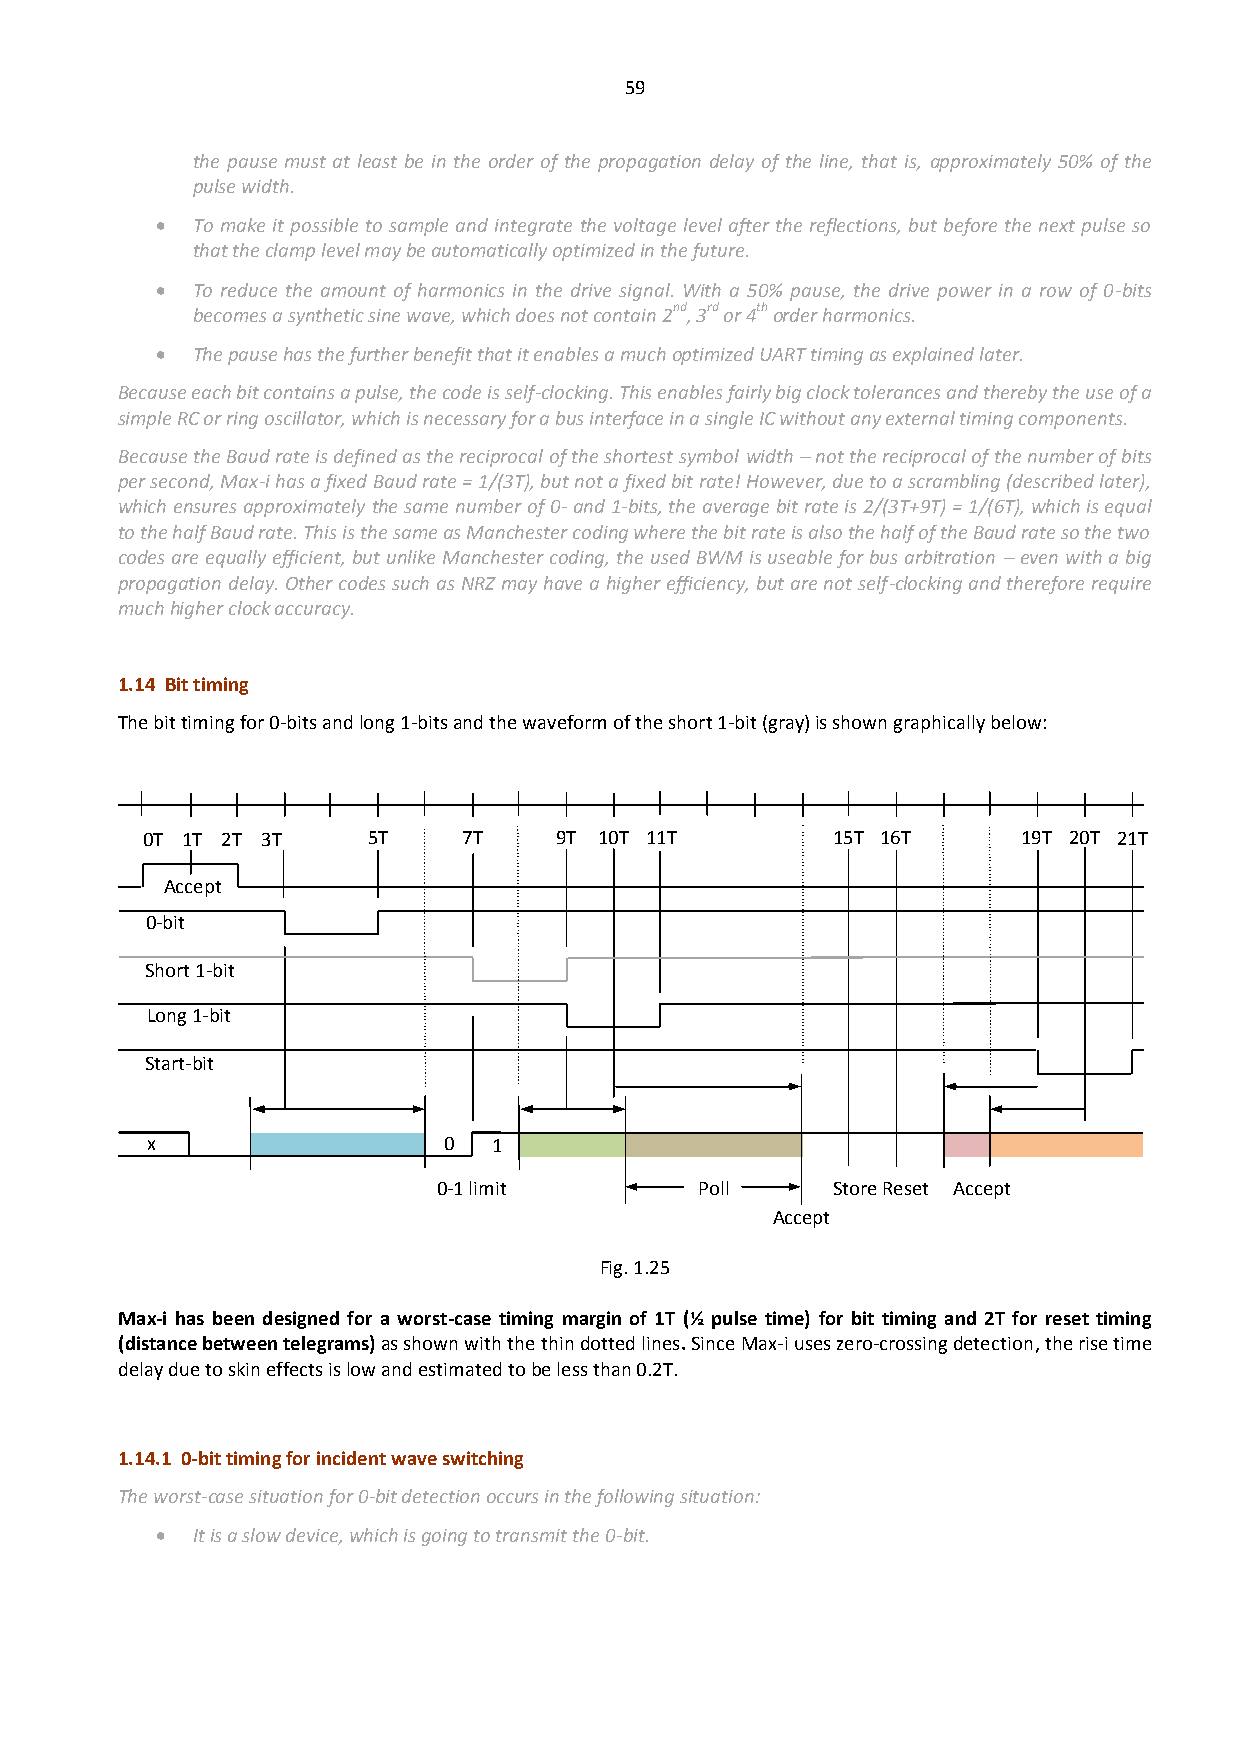
59
 the pause must at least be in the order of the propagation delay of the line, that is, approximately 50% of the
 pulse width.
   To make it possible to sample and integrate the voltage level after the reflections, but before the next pulse so
 that the clamp level may be automatically optimized in the future.
   To reduce the amount of harmonics in the drive signal. With a 50% pause, the drive power in a row of 0-bits
 becomes a synthetic sine wave, which does not contain 2nd, 3rd or 4th order harmonics.
   The pause has the further benefit that it enables a much optimized UART timing as explained later.
 Because each bit contains a pulse, the code is self-clocking. This enables fairly big clock tolerances and thereby the use of a
 simple RC or ring oscillator, which is necessary for a bus interface in a single IC without any external timing components.
 Because the Baud rate is defined as the reciprocal of the shortest symbol width – not the reciprocal of the number of bits
 per second, Max-i has a fixed Baud rate = 1/(3T), but not a fixed bit rate! However, due to a scrambling (described later),
 which ensures approximately the same number of 0- and 1-bits, the average bit rate is 2/(3T+9T) = 1/(6T), which is equal
 to the half Baud rate. This is the same as Manchester coding where the bit rate is also the half of the Baud rate so the two
 codes are equally efficient, but unlike Manchester coding, the used BWM is useable for bus arbitration – even with a big
 propagation delay. Other codes such as NRZ may have a higher efficiency, but are not self-clocking and therefore require
 much higher clock accuracy.
 1.14 Bit timing
 The bit timing for 0-bits and long 1-bits and the waveform of the short 1-bit (gray) is shown graphically below:
 0T 1T 2T 3T    5T     7T    9T 10T 11T        15T 16T      19T 20T 21T
 Accept
 0-bit
 Short 1-bit
 Long 1-bit
 Start-bit
 x                  0   1
 0-1 limit        Poll     Store Reset Accept
 Accept
 Fig. 1.25
 Max-i has been designed for a worst-case timing margin of 1T (½ pulse time) for bit timing and 2T for reset timing
 (distance between telegrams) as shown with the thin dotted lines. Since Max-i uses zero-crossing detection, the rise time
 delay due to skin effects is low and estimated to be less than 0.2T.
 1.14.1 0-bit timing for incident wave switching
 The worst-case situation for 0-bit detection occurs in the following situation:
   It is a slow device, which is going to transmit the 0-bit.